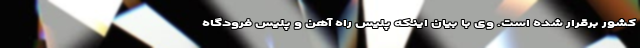
کشور برقرار شده است. وی با بیان اینکه پلیس راه آهن و پلیس فرودگاه